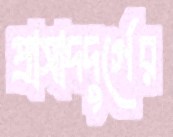
প্রাসাদদুর্গের